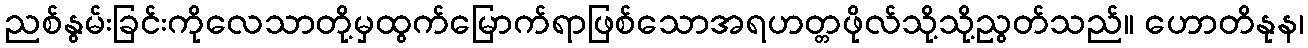
ညစ်နွမ်းခြင်းကိုလေသာတို့မှထွက်မြောက်ရာဖြစ်သောအရဟတ္တဖိုလ်သို့သို့ညွတ်သည်။ ဟောတိနုန၊